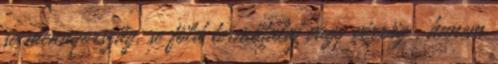
se mennyország, se föld termőtalaj vagy vérrög , hanem